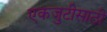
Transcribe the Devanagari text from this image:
एकजुटीसाठी